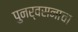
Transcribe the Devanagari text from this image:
पुनर्वसनाचा